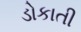
ડોકાતી